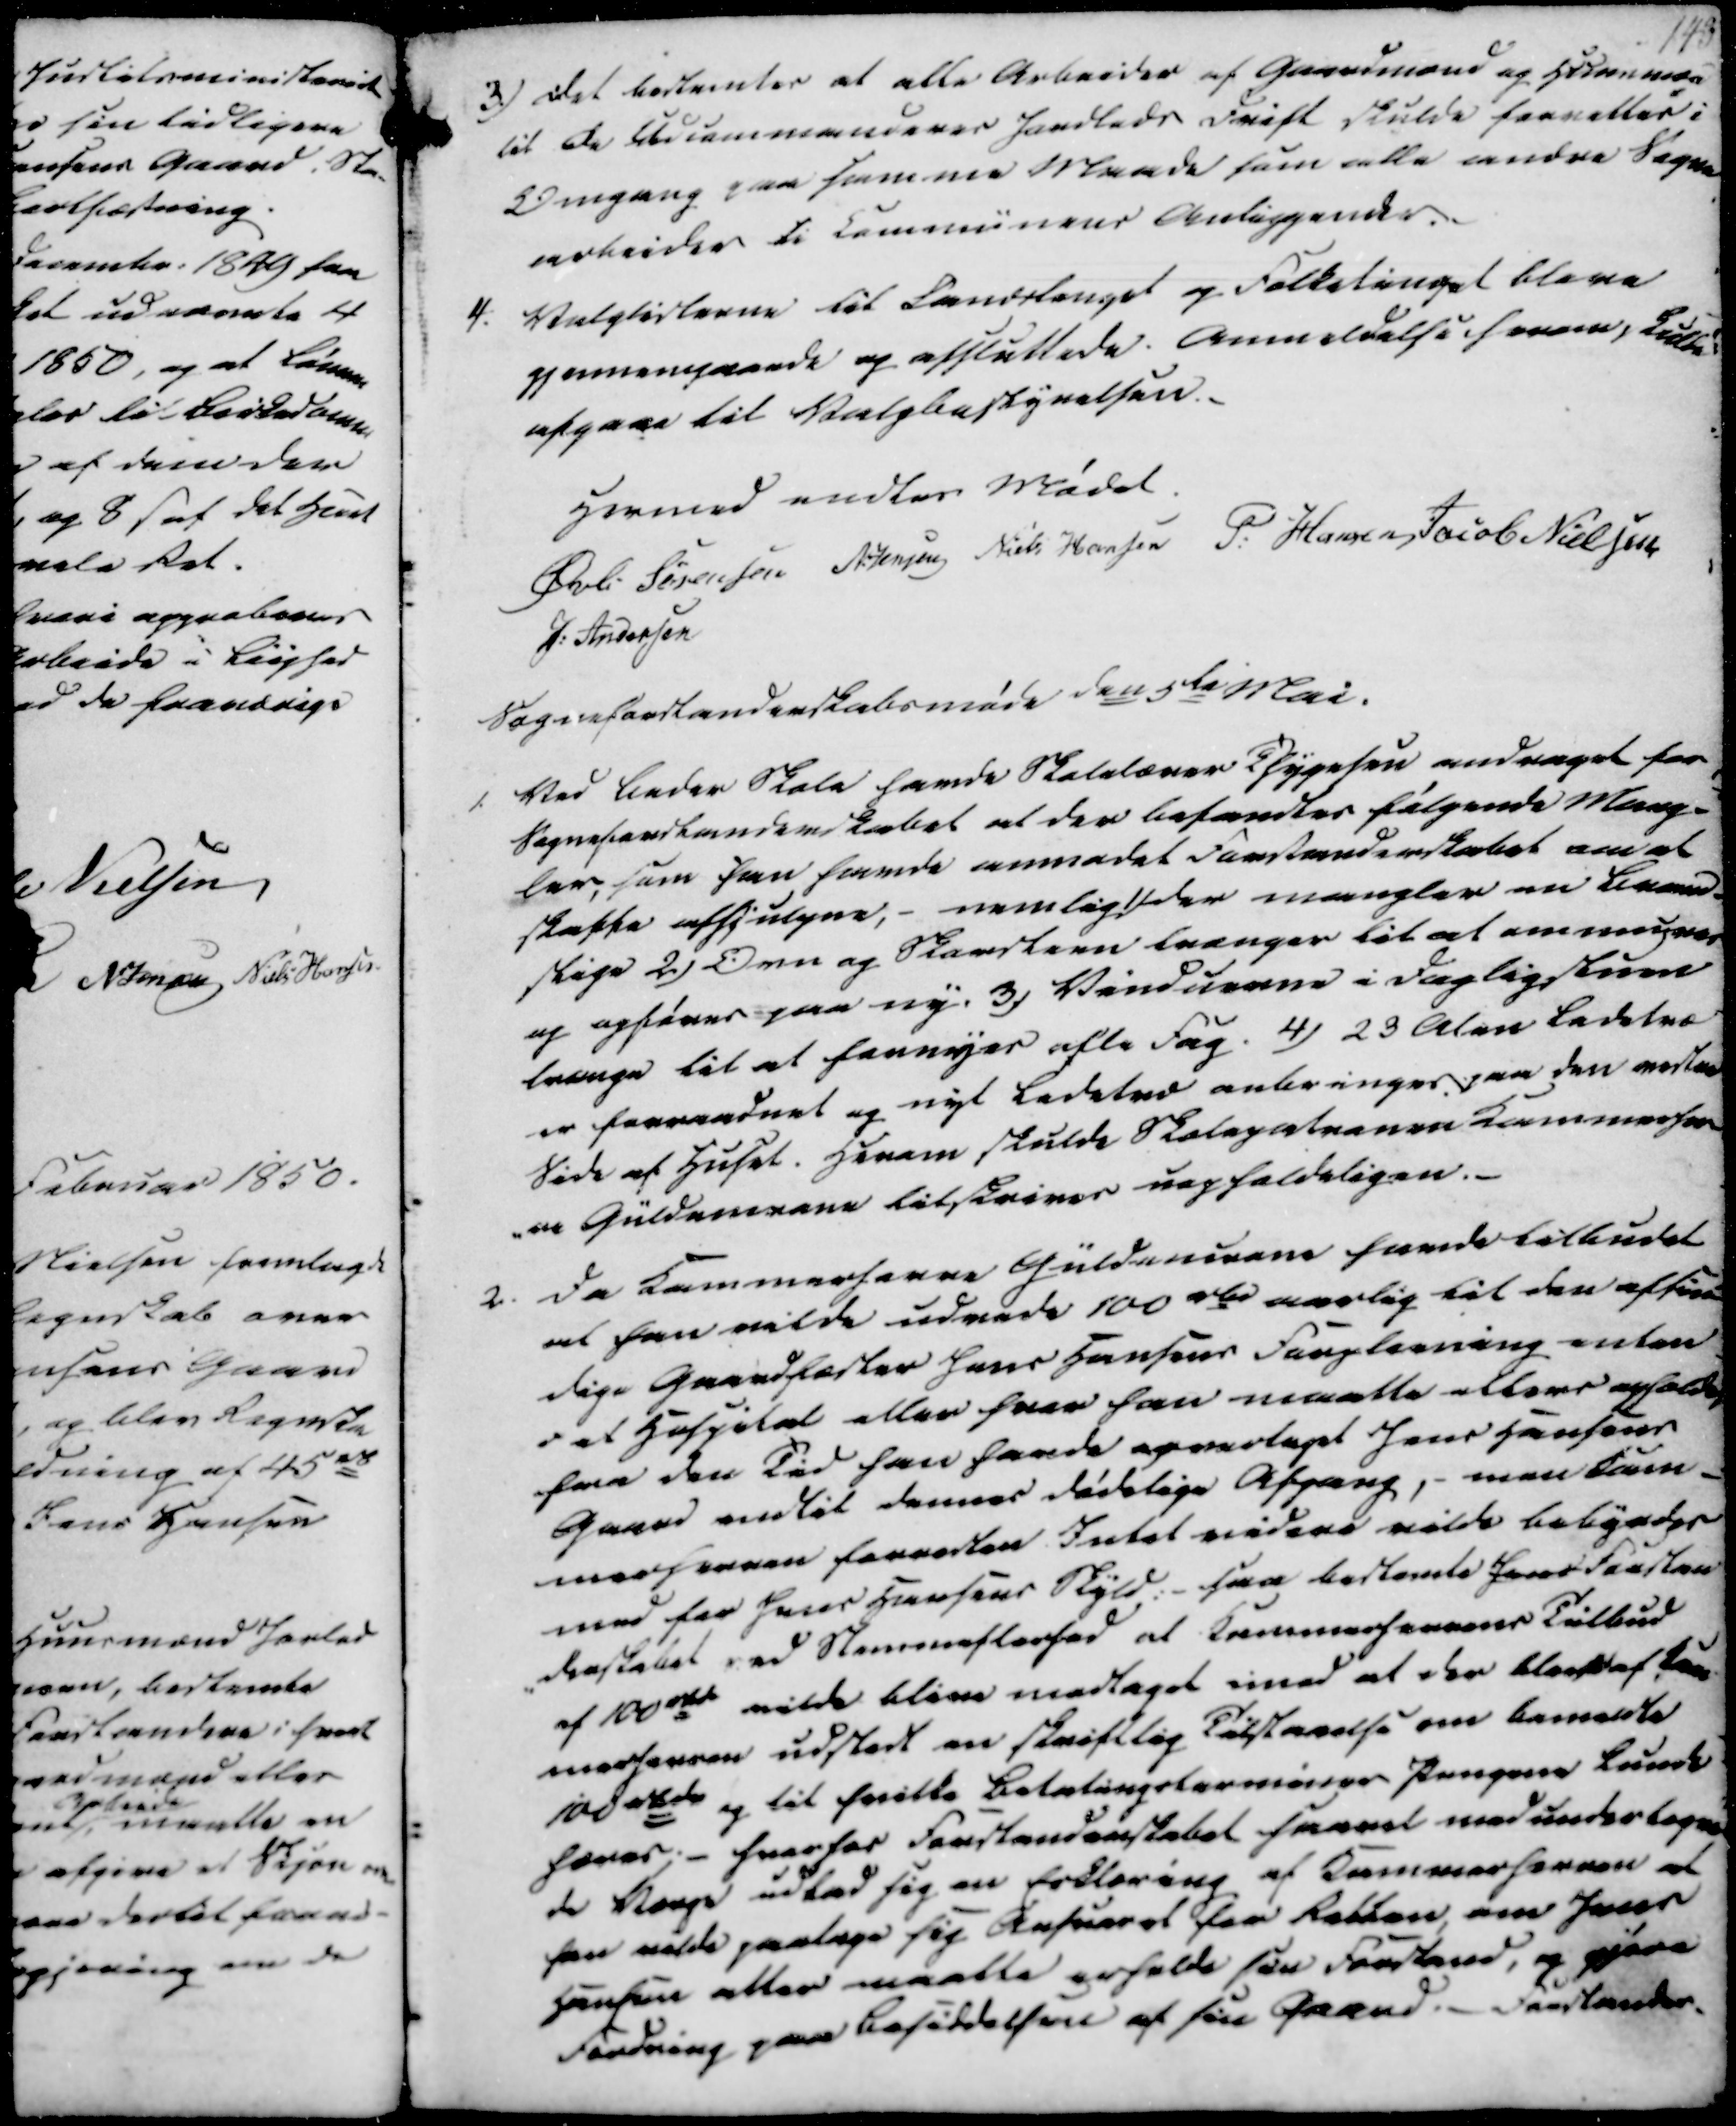
Transskription:
3) Det bestemtes at alle Arbeider af Gaardmænd og Huusmænd
til de Udcommanderes Jordlods Drift skulde forrettes i
Omgang paa samme Maade som alle andre Sogne
arbeider ti Communens Anliggender.
4.
Valglisterne til Landstenget og Folketinget bleve
gjennemgaaede og afsluttede. Anmeldelse herom skulde
afgaae til Valgbestyrelsen.

Hermed endtes Mødet.
Øvli Sørensen
N. Jensen
Niels Hansen
P. Hansen
Jacob Nielsen
J. Andersen

Sogneforstanderskabsmøde den 5te Mai.
1. Ved Beder Skole havde Skolelærer Thygesen andraget for
Sogneforstanderskabet at der befandtes følgende Mang-
ler, som han havde anmodet Forstanderskabet om at
skaffe afhjulpne, - nemlig 1) Der mangler en Brand-
stige 2) Ovn og Skorsteen trænger til at ommures
og opføres paa ny. 3) Vinduerne i Dagligstuen
trænge til at fornyes afte Fag. 4) 23 Alen Ledetræ
er forraadnet og nyt Ledetræ anbringes paa den næste
Side af Huset. Herom skulde Skolepatronen Kammerher-
-re Güldencrone tilskrives uopholdeligen.
2. Da Kammerherre Güldencrone havde tilbudet
at han vilde udrede 100 rd aarlig til den afsin-
dige Gaardfæster Jens Hansens Forpleining enten
i et Hospital eller hvor han maatte ellers opholde,
fra den Tid han havde overtaget Jens Hansens
Gaard endtil dennes dødelige Afgang, - men kam-
merherren forresten Intet videre vilde bebyrdes
med for Jens Hansens Skyld: saa bestemte Jens Forstan-
derskabet ved Stemmeflerhed at Kammerherrens Tilbud
af 100 rd vilde blive modtaget imod at der blev af Kam
merherren udstedt en skriftlig Tilstaaelse om bemeldte
100 rbd og til hvilke Betalingsterminer Pengene kunde
hæves;- hvorfor Forstanderskabet svaret med undertegne
de Værge udbad sig en Erklæring af Kammerherren at
han vilde paatage sig Ansvaret for Retten, om Jens
Hansen atter maatte erholde sin Forstand, og gjøre
Fordring paa Besiddelsen af sin Gaard. Forstander-